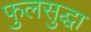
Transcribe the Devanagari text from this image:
फुलसुद्धा